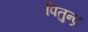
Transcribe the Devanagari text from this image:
पितुन्द्र